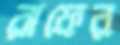
রাফের